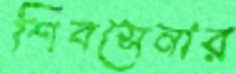
শিবসেনার